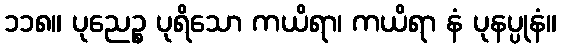
၁၁၈။ ပုညေဉ္စ ပုရိသော ကယိရာ၊ ကယိရာ နံ ပုနပ္ပုနံ။